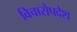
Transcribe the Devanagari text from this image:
विचारोपदेश